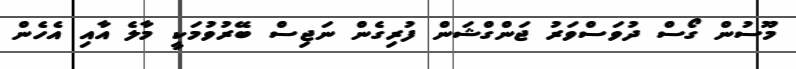
މޫސުން ގޯސް ދުވަސްވަރު ޖަންގްޝަން ފުރިގެން ނަޖިސް ބޭރުވުމަކީ މާލެ އާއި އެހެން